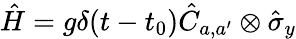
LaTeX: \hat{H}=g\delta(t-t_{0})\hat{C}_{a,a^{\prime}}\otimes\hat{\sigma}_{y}